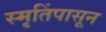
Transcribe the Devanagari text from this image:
स्मृतिंपासून